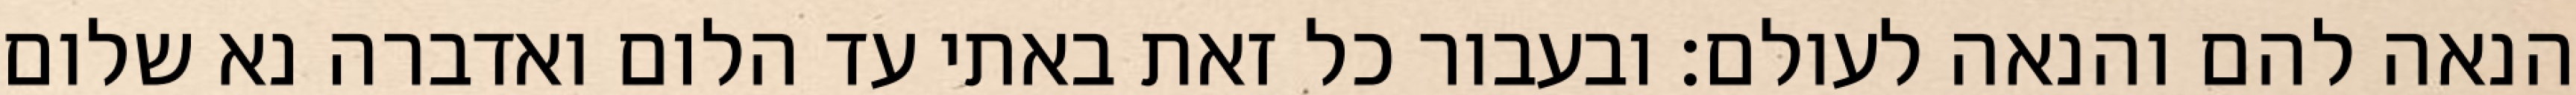
הנאה להם והנאה לעולם: ובעבור כל זאת באתי עד הלום ואדברה נא שלום